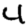
Digit: 4